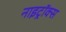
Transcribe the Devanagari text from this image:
नाइट्रॉक्स